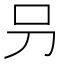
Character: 叧